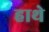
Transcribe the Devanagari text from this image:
हाथे